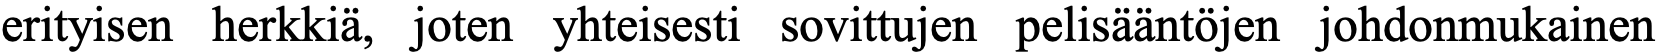
erityisen herkkiä, joten yhteisesti sovittujen pelisääntöjen johdonmukainen